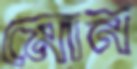
মোন